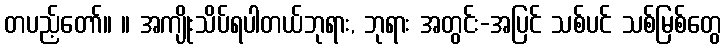
တပည့်တော်။ ။ အကျိုးသိပ်ရပါတယ်ဘုရား, ဘုရား အတွင်း-အပြင် သစ်ပင် သစ်မြစ်တွေ